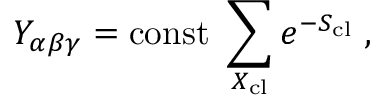
Y _ { \alpha \beta \gamma } = \mathrm { c o n s t } ~ \sum _ { X _ { \mathrm { c l } } } e ^ { - S _ { \mathrm { c l } } } \; ,